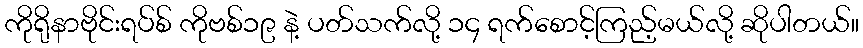
ကိုရိုနာဗိုင်းရပ်စ် ကိုဗစ်၁၉ နဲ့ ပတ်သက်လို့ ၁၄ ရက်စောင့်ကြည့်မယ်လို့ ဆိုပါတယ်။